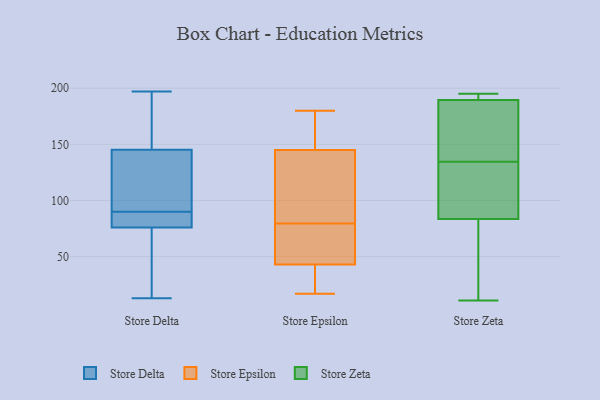
{"axis": {"x": "Revenue (USD Million)", "y": "Value"}, "legend": ["Store Delta", "Store Epsilon", "Store Zeta"], "data": [{"x": "", "y": 13, "type": "Store Delta"}, {"x": "", "y": 90, "type": "Store Delta"}, {"x": "", "y": 43, "type": "Store Delta"}, {"x": "", "y": 61, "type": "Store Delta"}, {"x": "", "y": 106, "type": "Store Delta"}, {"x": "", "y": 81, "type": "Store Delta"}, {"x": "", "y": 153, "type": "Store Delta"}, {"x": "", "y": 85, "type": "Store Delta"}, {"x": "", "y": 106, "type": "Store Delta"}, {"x": "", "y": 59, "type": "Store Delta"}, {"x": "", "y": 173, "type": "Store Delta"}, {"x": "", "y": 146, "type": "Store Delta"}, {"x": "", "y": 115, "type": "Store Delta"}, {"x": "", "y": 145, "type": "Store Delta"}, {"x": "", "y": 87, "type": "Store Delta"}, {"x": "", "y": 82, "type": "Store Delta"}, {"x": "", "y": 197, "type": "Store Delta"}, {"x": "", "y": 109, "type": "Store Epsilon"}, {"x": "", "y": 53, "type": "Store Epsilon"}, {"x": "", "y": 28, "type": "Store Epsilon"}, {"x": "", "y": 46, "type": "Store Epsilon"}, {"x": "", "y": 42, "type": "Store Epsilon"}, {"x": "", "y": 158, "type": "Store Epsilon"}, {"x": "", "y": 98, "type": "Store Epsilon"}, {"x": "", "y": 180, "type": "Store Epsilon"}, {"x": "", "y": 74, "type": "Store Epsilon"}, {"x": "", "y": 149, "type": "Store Epsilon"}, {"x": "", "y": 85, "type": "Store Epsilon"}, {"x": "", "y": 145, "type": "Store Epsilon"}, {"x": "", "y": 69, "type": "Store Epsilon"}, {"x": "", "y": 42, "type": "Store Epsilon"}, {"x": "", "y": 43, "type": "Store Epsilon"}, {"x": "", "y": 130, "type": "Store Epsilon"}, {"x": "", "y": 151, "type": "Store Epsilon"}, {"x": "", "y": 17, "type": "Store Epsilon"}, {"x": "", "y": 183, "type": "Store Zeta"}, {"x": "", "y": 16, "type": "Store Zeta"}, {"x": "", "y": 115, "type": "Store Zeta"}, {"x": "", "y": 195, "type": "Store Zeta"}, {"x": "", "y": 191, "type": "Store Zeta"}, {"x": "", "y": 52, "type": "Store Zeta"}, {"x": "", "y": 126, "type": "Store Zeta"}, {"x": "", "y": 188, "type": "Store Zeta"}, {"x": "", "y": 193, "type": "Store Zeta"}, {"x": "", "y": 121, "type": "Store Zeta"}, {"x": "", "y": 11, "type": "Store Zeta"}, {"x": "", "y": 143, "type": "Store Zeta"}]}